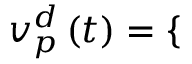
{ v _ { p } ^ { d } } \left( t \right) = \left\{ \begin{array} { r l r } \end{array} \right.